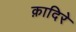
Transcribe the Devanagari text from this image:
क़ादिरे